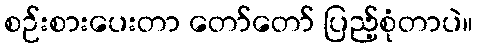
စဉ်းစားပေးတာ တော်တော် ပြည့်စုံတာပဲ။